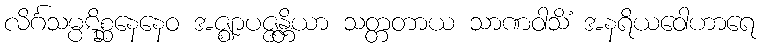
လိင်္ဂသမ္ပဋိစ္ဆနေနေဝ အဇ္ဈာပဇ္ဇန္တိယာ သတ္တတာယ သာဏဝါသိံ အနရိယဝေါဟာရေ